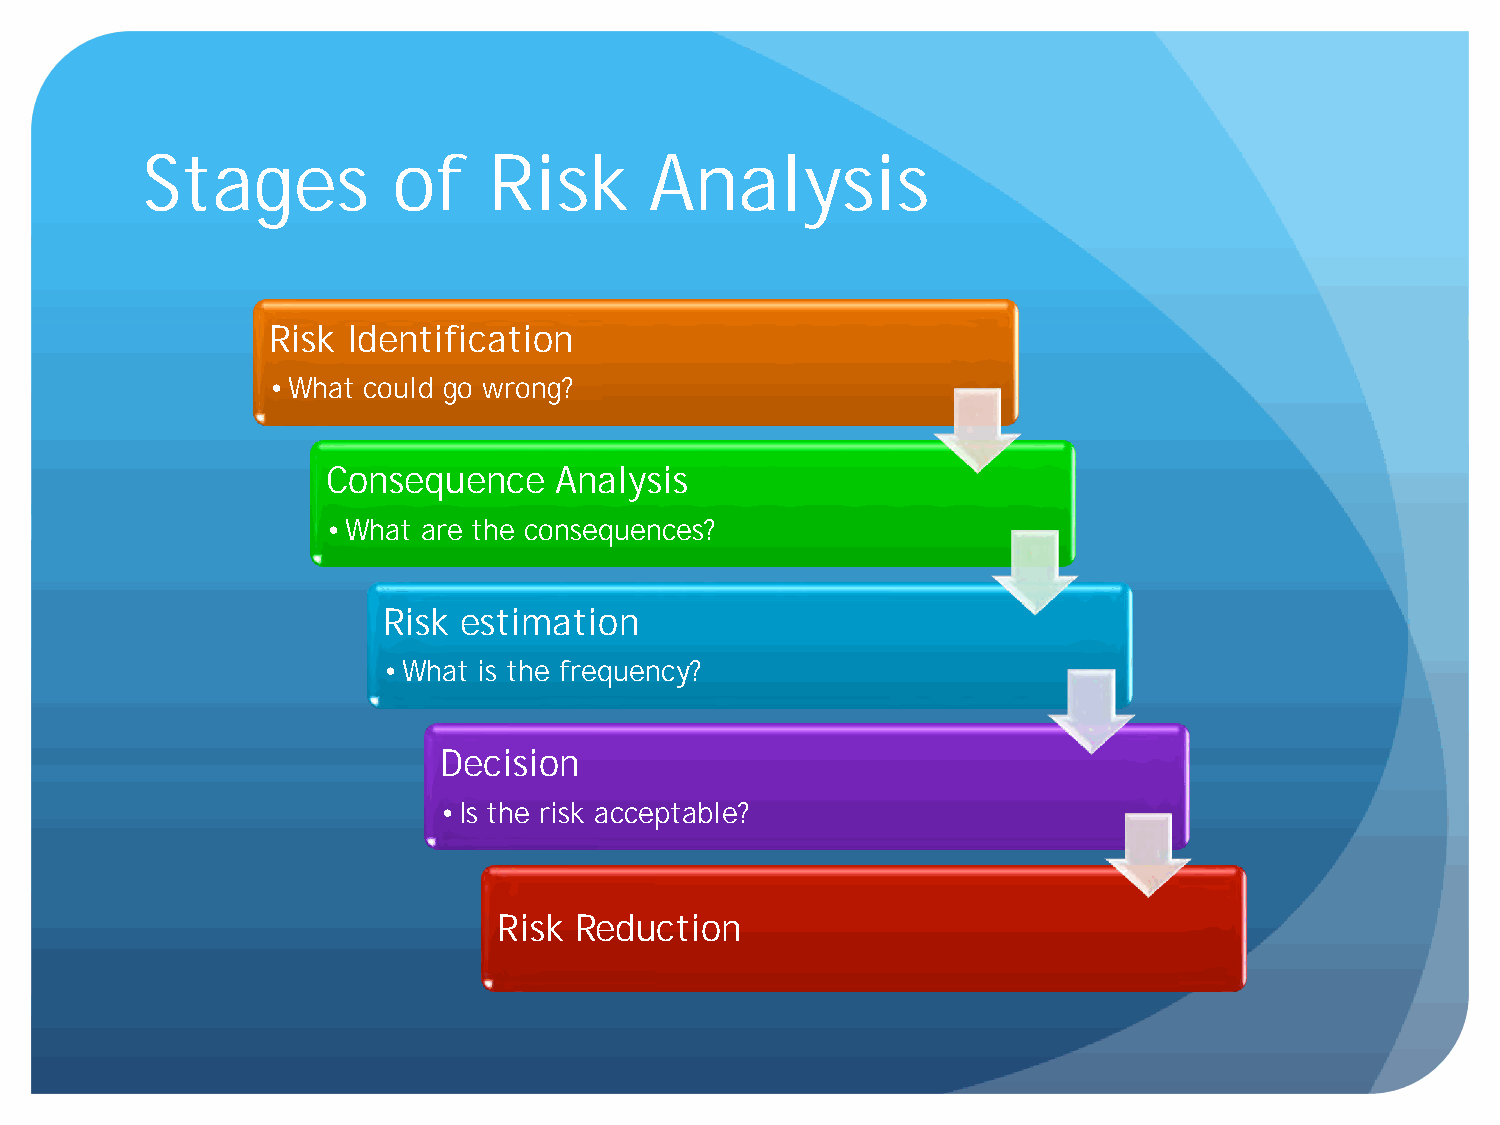
Stages           of    Risk       Analysis
 Risk Identification
 • What could go wrong?
 Consequence    Analysis
 • What are the consequences?
 Risk  estimation
 • What is the frequency?
 Decision
 • Is the risk acceptable?
 Risk Reduction